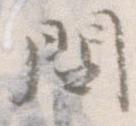
問